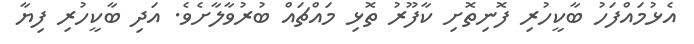
އެޅުމައްފަހު ބާކީހުރި ފޮނިތޮށި ކާފޫރު ތޮޅި މައްޗައް ބުރުވާލާށެވެ. އަދި ބާކީހުރި ފިޔާ